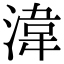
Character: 湋